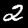
Label: 2